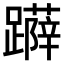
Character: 𨆳